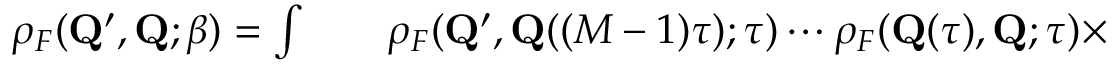
\begin{array} { r l r } { \rho _ { F } ( { \mathbf { Q } ^ { \prime } } , \mathbf { Q } ; \beta ) = \int } & { { } } & { \rho _ { F } ( { \mathbf { Q } ^ { \prime } } , \mathbf { Q } ( ( M - 1 ) \tau ) ; \tau ) \cdots \rho _ { F } ( \mathbf { Q } ( \tau ) , \mathbf { Q } ; \tau ) \times } \end{array}